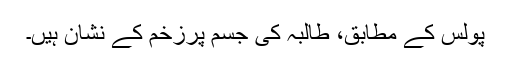
پولس کے مطابق، طالبہ کی جسم پرزخم کے نشان ہیں۔